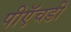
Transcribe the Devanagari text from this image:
पीऍचडी